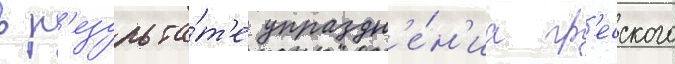
в р'езульта́т'е упраздн'е́н'иа гр'есского